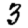
Digit: 3